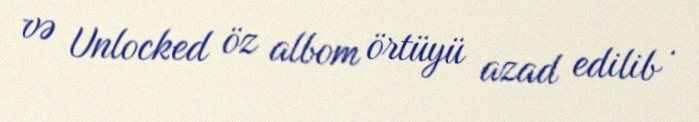
və Unlocked öz albom örtüyü azad edilib .